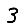
Digit: 3